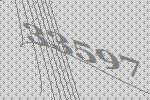
33597